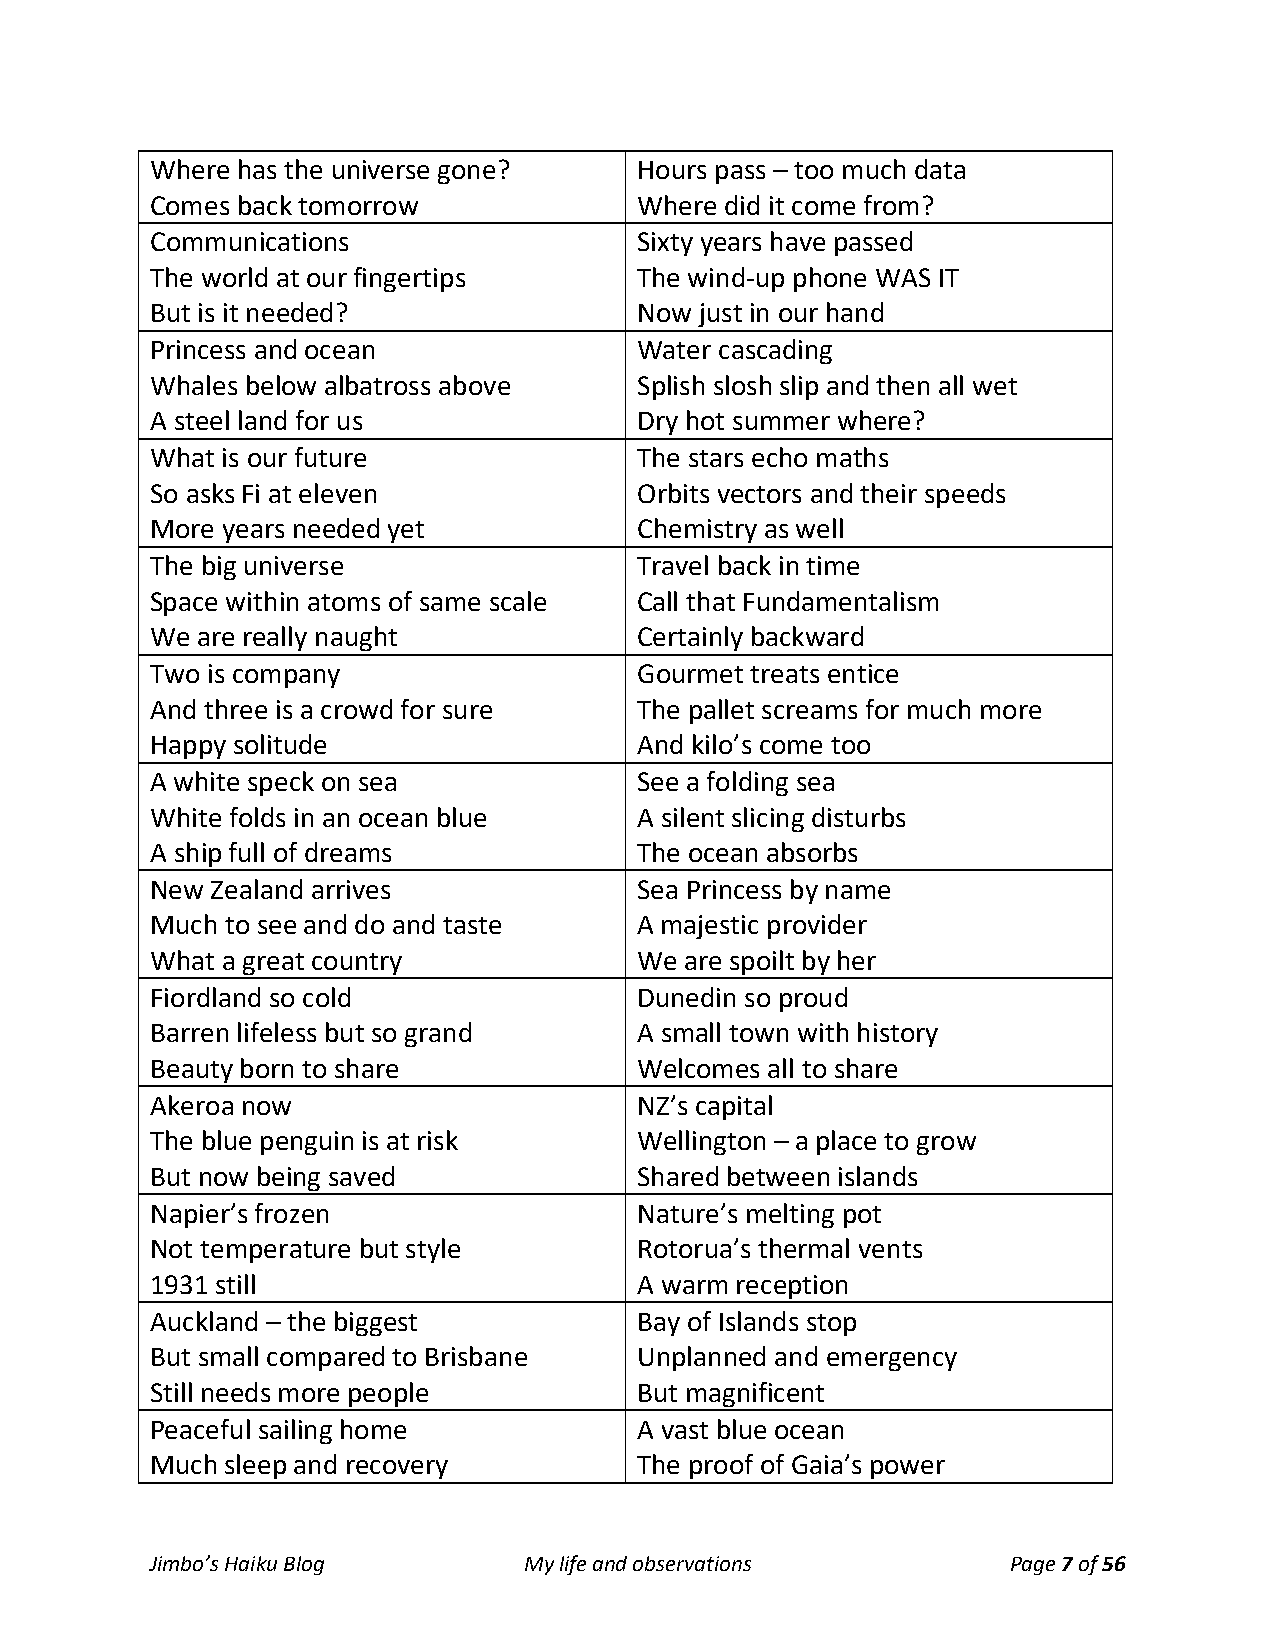
Where has the universe gone?    Hours pass – too much data
 Comes back tomorrow             Where did it come from?
 Communications                  Sixty years have passed
 The world at our fingertips     The wind-up phone WAS IT
 But is it needed?               Now just in our hand
 Princess and ocean              Water cascading
 Whales below albatross above    Splish slosh slip and then all wet
 A steel land for us             Dry hot summer where?
 What is our future              The stars echo maths
 So asks Fi at eleven            Orbits vectors and their speeds
 More years needed yet           Chemistry as well
 The big universe                Travel back in time
 Space within atoms of same scale Call that Fundamentalism
 We are really naught            Certainly backward
 Two is company                  Gourmet treats entice
 And three is a crowd for sure   The pallet screams for much more
 Happy solitude                  And kilo’s come too
 A white speck on sea            See a folding sea
 White folds in an ocean blue    A silent slicing disturbs
 A ship full of dreams           The ocean absorbs
 New Zealand arrives             Sea Princess by name
 Much to see and do and taste    A majestic provider
 What a great country            We are spoilt by her
 Fiordland so cold               Dunedin so proud
 Barren lifeless but so grand    A small town with history
 Beauty born to share            Welcomes all to share
 Akeroa now                      NZ’s capital
 The blue penguin is at risk     Wellington – a place to grow
 But now being saved             Shared between islands
 Napier’s frozen                 Nature’s melting pot
 Not temperature but style       Rotorua’s thermal vents
 1931 still                      A warm reception
 Auckland – the biggest          Bay of Islands stop
 But small compared to Brisbane  Unplanned and emergency
 Still needs more people         But magnificent
 Peaceful sailing home           A vast blue ocean
 Much sleep and recovery         The proof of Gaia’s power
 Jimbo’s Haiku Blog       My life and observations        Page 7 of 56